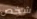
شخص